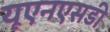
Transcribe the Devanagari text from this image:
यूएनएसडी